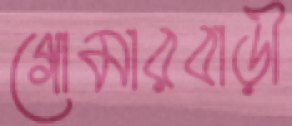
গোমারবাড়ী